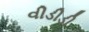
વીડીડી